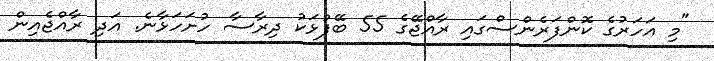
"މި އަހަރުގެ ކޮންފަރެންސްގައި ރާއްޖޭގެ 55 ބޭފުޅަކު ދިރާސާ ހުށަހަޅާނެ. އަދި ރާއްޖެއިން